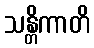
သန္တိကာတိ